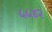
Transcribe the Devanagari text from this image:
५५४२